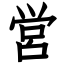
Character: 営